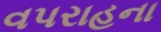
વપરાહના